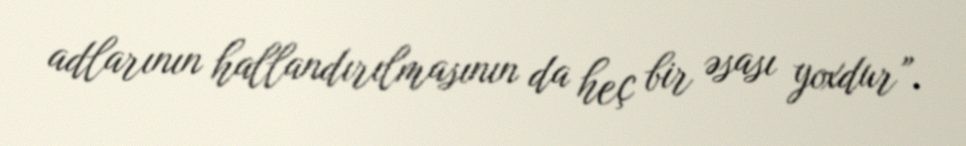
adlarının hallandırılmasının da heç bir əsası yoxdur”.